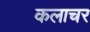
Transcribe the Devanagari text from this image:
कलाचर